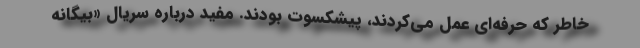
خاطر که حرفه‌ای عمل می‌کردند، پیشکسوت بودند. مفید درباره سریال «بیگانه